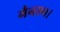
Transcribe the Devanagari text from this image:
मैनसन।